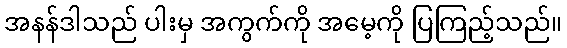
အနန်ဒါသည် ပါးမှ အကွက်ကို အမေ့ကို ပြကြည့်သည်။